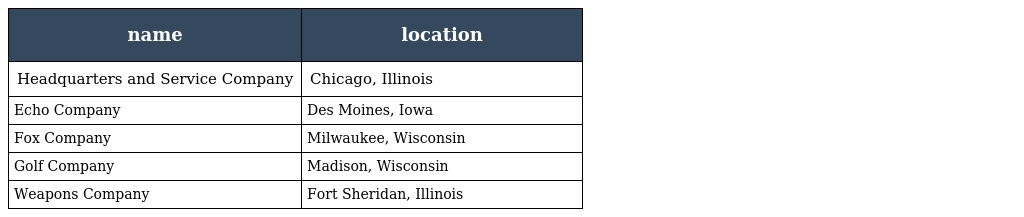
| name | location |
 | --- | --- |
 | Headquarters and Service Company | Chicago, Illinois |
 | Echo Company | Des Moines, Iowa |
 | Fox Company | Milwaukee, Wisconsin |
 | Golf Company | Madison, Wisconsin |
 | Weapons Company | Fort Sheridan, Illinois |